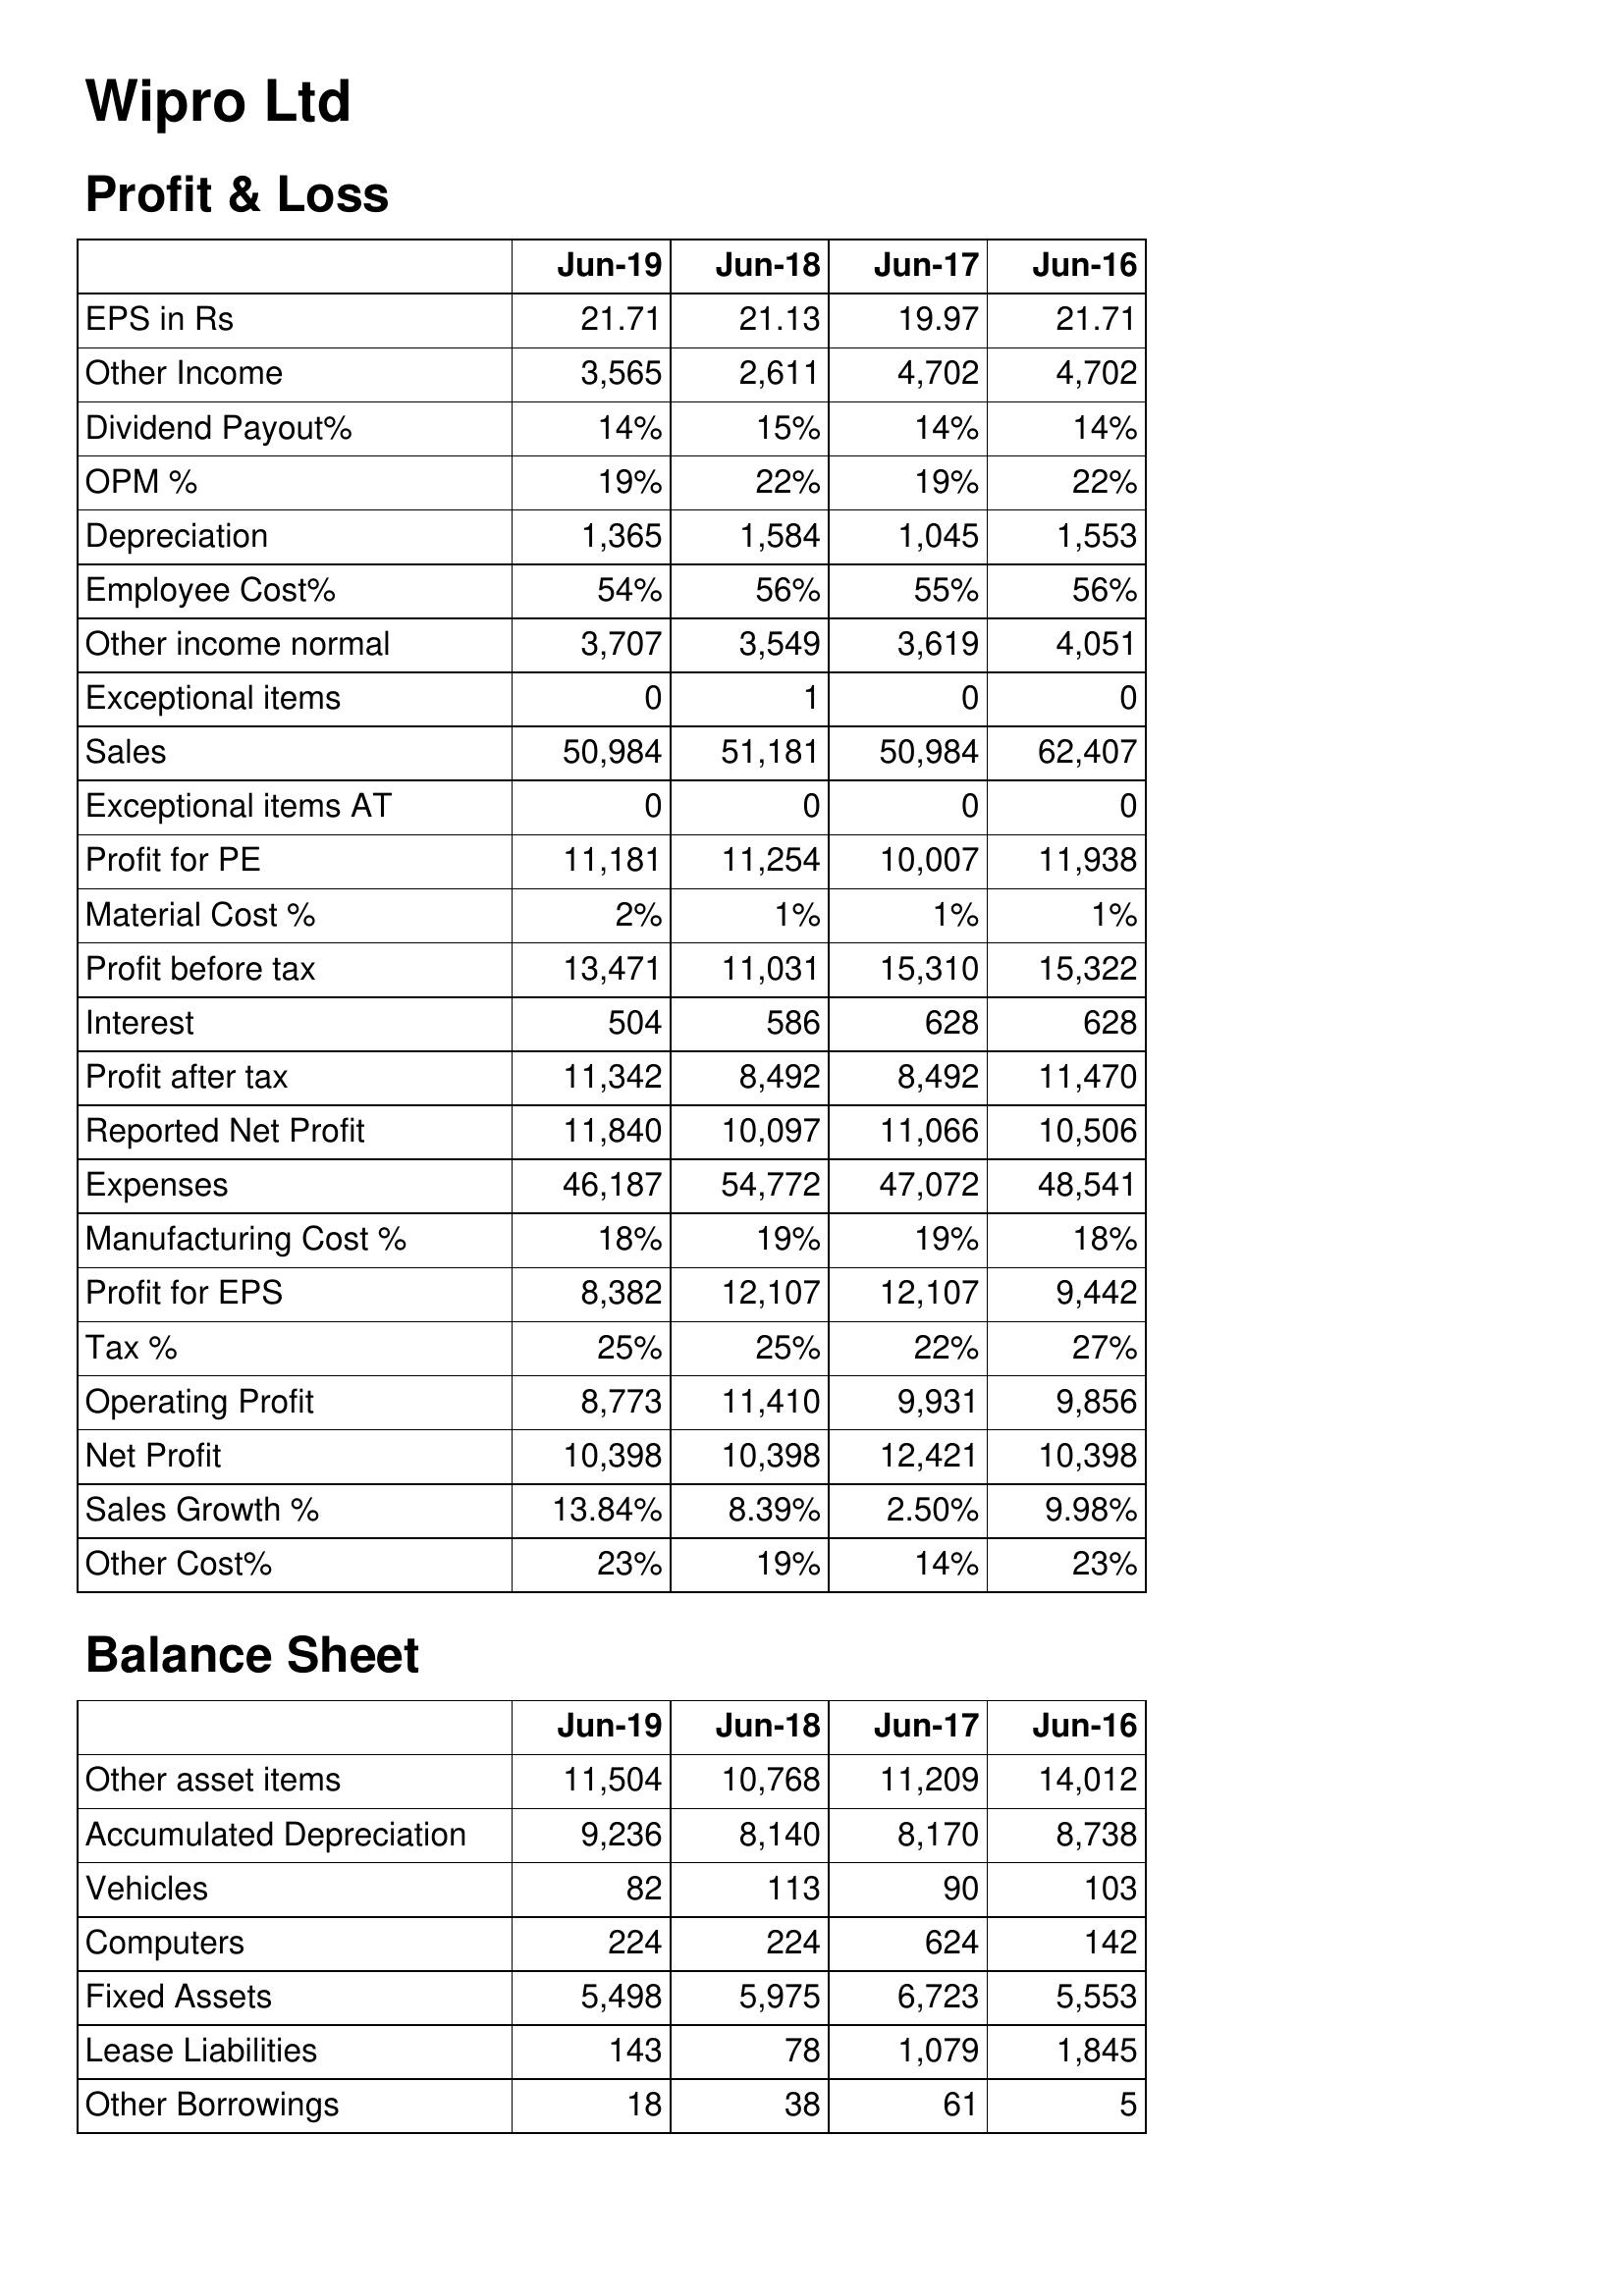
Jun-19: Profit & Loss: EPS in Rs: 21.71
Other Income: 3,565
Dividend Payout%: 14%
OPM %: 19%
Depreciation: 1,365
Employee Cost%: 54%
Other income normal: 3,707
Exceptional items: 0
Sales: 50,984
Exceptional items AT: 0
Profit for PE: 11,181
Material Cost %: 2%
Profit before tax: 13,471
Interest: 504
Profit after tax: 11,342
Reported Net Profit: 11,840
Expenses: 46,187
Manufacturing Cost %: 18%
Profit for EPS: 8,382
Tax %: 25%
Operating Profit: 8,773
Net Profit: 10,398
Sales Growth %: 13.84%
Other Cost%: 23%
Balance Sheet: Other asset items: 11,504
Accumulated Depreciation: 9,236
Vehicles: 82
Computers: 224
Fixed Assets: 5,498
Lease Liabilities: 143
Other Borrowings: 18
Jun-18: Profit & Loss: EPS in Rs: 21.13
Other Income: 2,611
Dividend Payout%: 15%
OPM %: 22%
Depreciation: 1,584
Employee Cost%: 56%
Other income normal: 3,549
Exceptional items: 1
Sales: 51,181
Exceptional items AT: 0
Profit for PE: 11,254
Material Cost %: 1%
Profit before tax: 11,031
Interest: 586
Profit after tax: 8,492
Reported Net Profit: 10,097
Expenses: 54,772
Manufacturing Cost %: 19%
Profit for EPS: 12,107
Tax %: 25%
Operating Profit: 11,410
Net Profit: 10,398
Sales Growth %: 8.39%
Other Cost%: 19%
Balance Sheet: Other asset items: 10,768
Accumulated Depreciation: 8,140
Vehicles: 113
Computers: 224
Fixed Assets: 5,975
Lease Liabilities: 78
Other Borrowings: 38
Jun-17: Profit & Loss: EPS in Rs: 19.97
Other Income: 4,702
Dividend Payout%: 14%
OPM %: 19%
Depreciation: 1,045
Employee Cost%: 55%
Other income normal: 3,619
Exceptional items: 0
Sales: 50,984
Exceptional items AT: 0
Profit for PE: 10,007
Material Cost %: 1%
Profit before tax: 15,310
Interest: 628
Profit after tax: 8,492
Reported Net Profit: 11,066
Expenses: 47,072
Manufacturing Cost %: 19%
Profit for EPS: 12,107
Tax %: 22%
Operating Profit: 9,931
Net Profit: 12,421
Sales Growth %: 2.50%
Other Cost%: 14%
Balance Sheet: Other asset items: 11,209
Accumulated Depreciation: 8,170
Vehicles: 90
Computers: 624
Fixed Assets: 6,723
Lease Liabilities: 1,079
Other Borrowings: 61
Jun-16: Profit & Loss: EPS in Rs: 21.71
Other Income: 4,702
Dividend Payout%: 14%
OPM %: 22%
Depreciation: 1,553
Employee Cost%: 56%
Other income normal: 4,051
Exceptional items: 0
Sales: 62,407
Exceptional items AT: 0
Profit for PE: 11,938
Material Cost %: 1%
Profit before tax: 15,322
Interest: 628
Profit after tax: 11,470
Reported Net Profit: 10,506
Expenses: 48,541
Manufacturing Cost %: 18%
Profit for EPS: 9,442
Tax %: 27%
Operating Profit: 9,856
Net Profit: 10,398
Sales Growth %: 9.98%
Other Cost%: 23%
Balance Sheet: Other asset items: 14,012
Accumulated Depreciation: 8,738
Vehicles: 103
Computers: 142
Fixed Assets: 5,553
Lease Liabilities: 1,845
Other Borrowings: 5